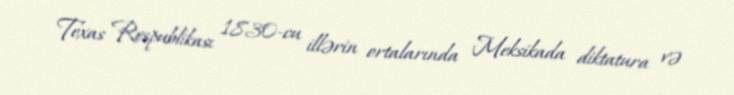
Texas Respublikası 1830-cu illərin ortalarında Meksikada diktatura və